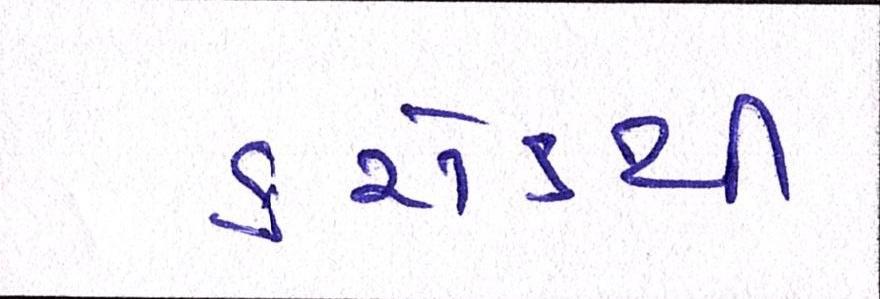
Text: કરોડથી